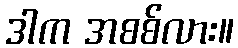
ဒါက အစစ်လား။